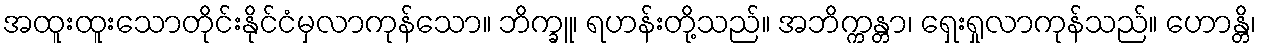
အထူးထူးသောတိုင်းနိုင်ငံမှလာကုန်သော။ ဘိက္ခူ၊ ရဟန်းတို့သည်။ အဘိက္ကန္တာ၊ ရှေးရှုလာကုန်သည်။ ဟောန္တိ၊